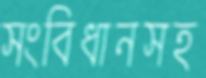
সংবিধানসহ